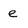
Character: e